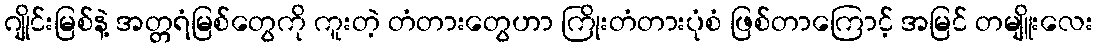
ဂျိုင်းမြစ်နဲ့ အတ္တရံမြစ်တွေကို ကူးတဲ့ တံတားတွေဟာ ကြိုးတံတားပုံစံ ဖြစ်တာကြောင့် အမြင် တမျိူးလေး